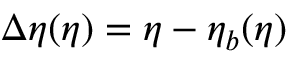
\Delta \eta ( \eta ) = \eta - \eta _ { b } ( \eta )